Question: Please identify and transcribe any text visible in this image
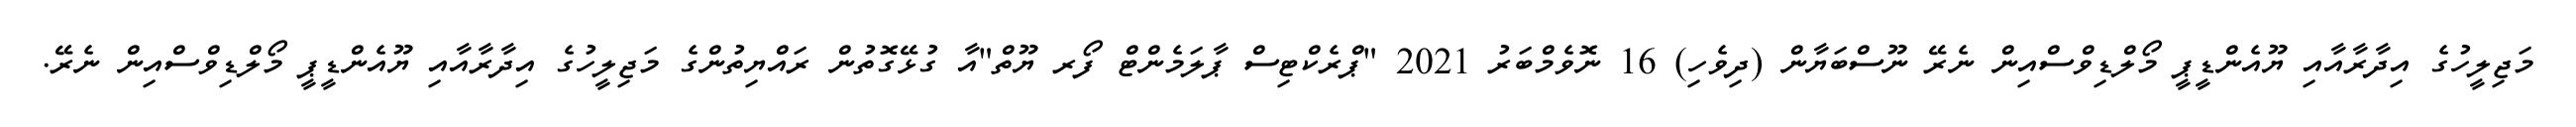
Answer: މަޖިލީހުގެ އިދާރާއާއި ޔޫއެންޑީޕީ މޯލްޑިވްސްއިން ނެރޭ ނޫސްބަޔާން (ދިވެހި) 16 ނޮވެމްބަރު 2021 "ޕްރެކްޓިސް ޕާލަމެންޓް ފޯރ ޔޫތް"އާ ގުޅޭގޮތުން ރައްޔިތުންގެ މަޖިލީހުގެ އިދާރާއާއި ޔޫއެންޑީޕީ މޯލްޑިވްސްއިން ނެރޭ.